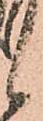
候